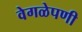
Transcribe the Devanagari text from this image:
वेगळेपणी